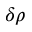
\delta \rho